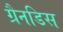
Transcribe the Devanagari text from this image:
ग्रैनडिस